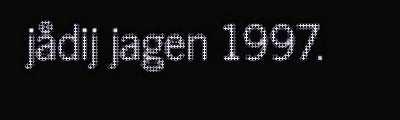
jådij jagen 1997.